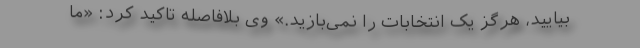
بیایید، هرگز یک انتخابات را نمی‌بازید.» وی بلافاصله تاکید کرد: «ما